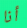
أنا